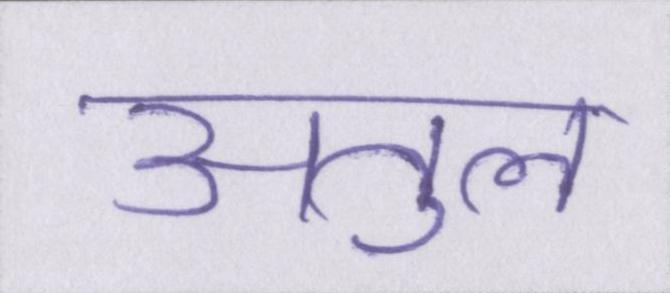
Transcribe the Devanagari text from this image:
अतुल